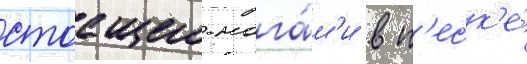
стоащего нога́м'и в п'еск'е́